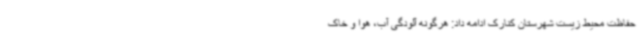
حفاظت محیط زیست شهرستان کنارک ادامه داد: هرگونه آلودگی آب، هوا و خاک